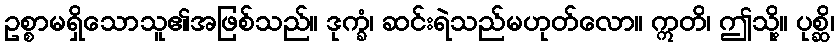
ဥစ္စာမရှိသောသူ၏အဖြစ်သည်။ ဒုက္ခံ၊ ဆင်းရဲသည်မဟုတ်လော။ ဣတိ၊ ဤသို့။ ပုစ္ဆိ၊